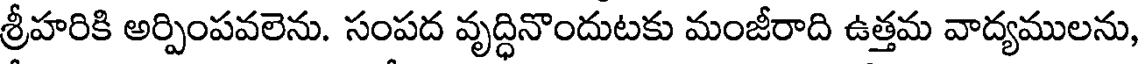
శ్రీహరికి అర్పింపవలెను. సంపద వృద్ధినొందుటకు మంజీరాది ఉత్తమ వాద్యములను,